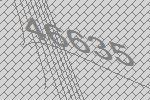
46635